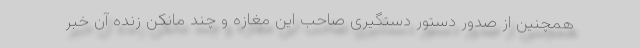
همچنین از صدور دستور دستگیری صاحب این مغازه و چند مانکن زنده آن خبر